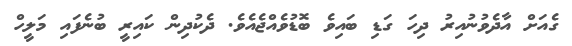
ގެއަށް އާދެވުނުއިރު ދިހަ ގަޑި ބައިވެ ބޮޑުވެއްޖެއެވެ. ދެކުދިން ކައިރީ ބުނެފައި މަލީހް